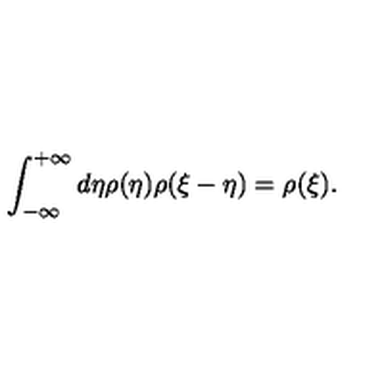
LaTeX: \int _ { - \infty } ^ { + \infty } d \eta \rho ( \eta ) \rho ( \xi - \eta ) = \rho ( \xi ) .